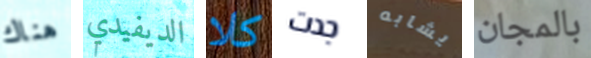
هناك الديفيدي كلا جدت يشابه بالمجان